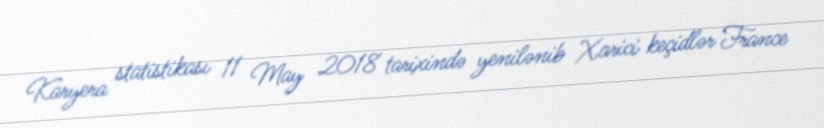
Karyera statistikası 11 May 2018 tarixində yenilənib Xarici keçidlər France